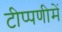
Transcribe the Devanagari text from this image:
टीप्‍पणीमें